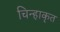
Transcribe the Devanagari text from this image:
चिन्हाकृत